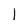
Character: I